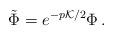
LaTeX: \begin{align*}\tilde{\Phi} = e^{-p {\cal K}/2} \Phi \, . \end{align*}